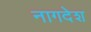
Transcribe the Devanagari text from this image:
नागदेश